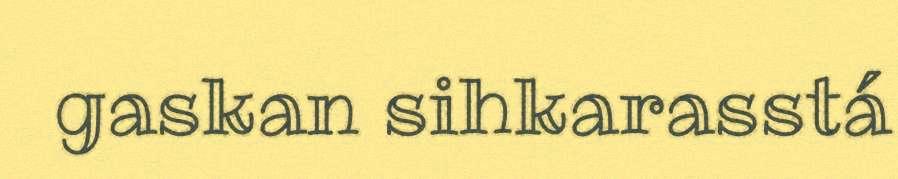
gaskan sihkarasstá